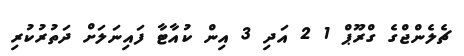
ޗެލެންޖްގެ ގްރޫޕް 1 2 އަދި 3 އިން ކުއާޓާ ފައިނަލަށް ދަތުރުކުރި